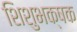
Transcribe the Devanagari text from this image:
शिशुभक्षक